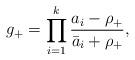
LaTeX: \begin{align*}g_+=\prod_{i=1}^k\frac{a_i-\rho_+}{\bar a_i+\rho_+},\end{align*}